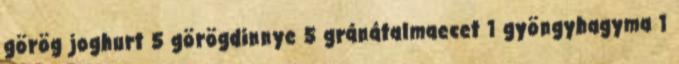
görög joghurt 5 görögdinnye 5 gránátalmaecet 1 gyöngyhagyma 1